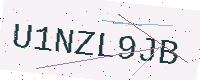
Text: U1NZL9JB